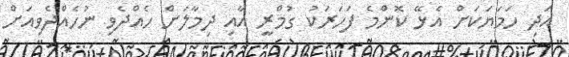
އަދި ހަމަޔަކަށް އެޅޭ ކޮންމެ ފަހަރަކު ގުމްރީ އާއި ދިމާލަށް ހެއްދެވި ނުހެއްދެވިއަށް